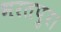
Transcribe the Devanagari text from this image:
भरतपुर।